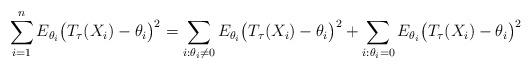
LaTeX: \begin{align*}\sum_{i=1}^{n} E_{\theta_{i}} \big(T_{\tau}(X_{i})-\theta_{i}\big)^2= \sum_{i:\theta_i\neq 0} E_{\theta_{i}} \big(T_{\tau}(X_{i})-\theta_{i}\big)^2 + \sum_{i:\theta_i=0} E_{\theta_{i}} \big(T_{\tau}(X_{i})-\theta_{i}\big)^2\end{align*}